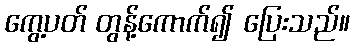
ကွေ့ပတ် တွန့်ကောက်၍ ပြေးသည်။